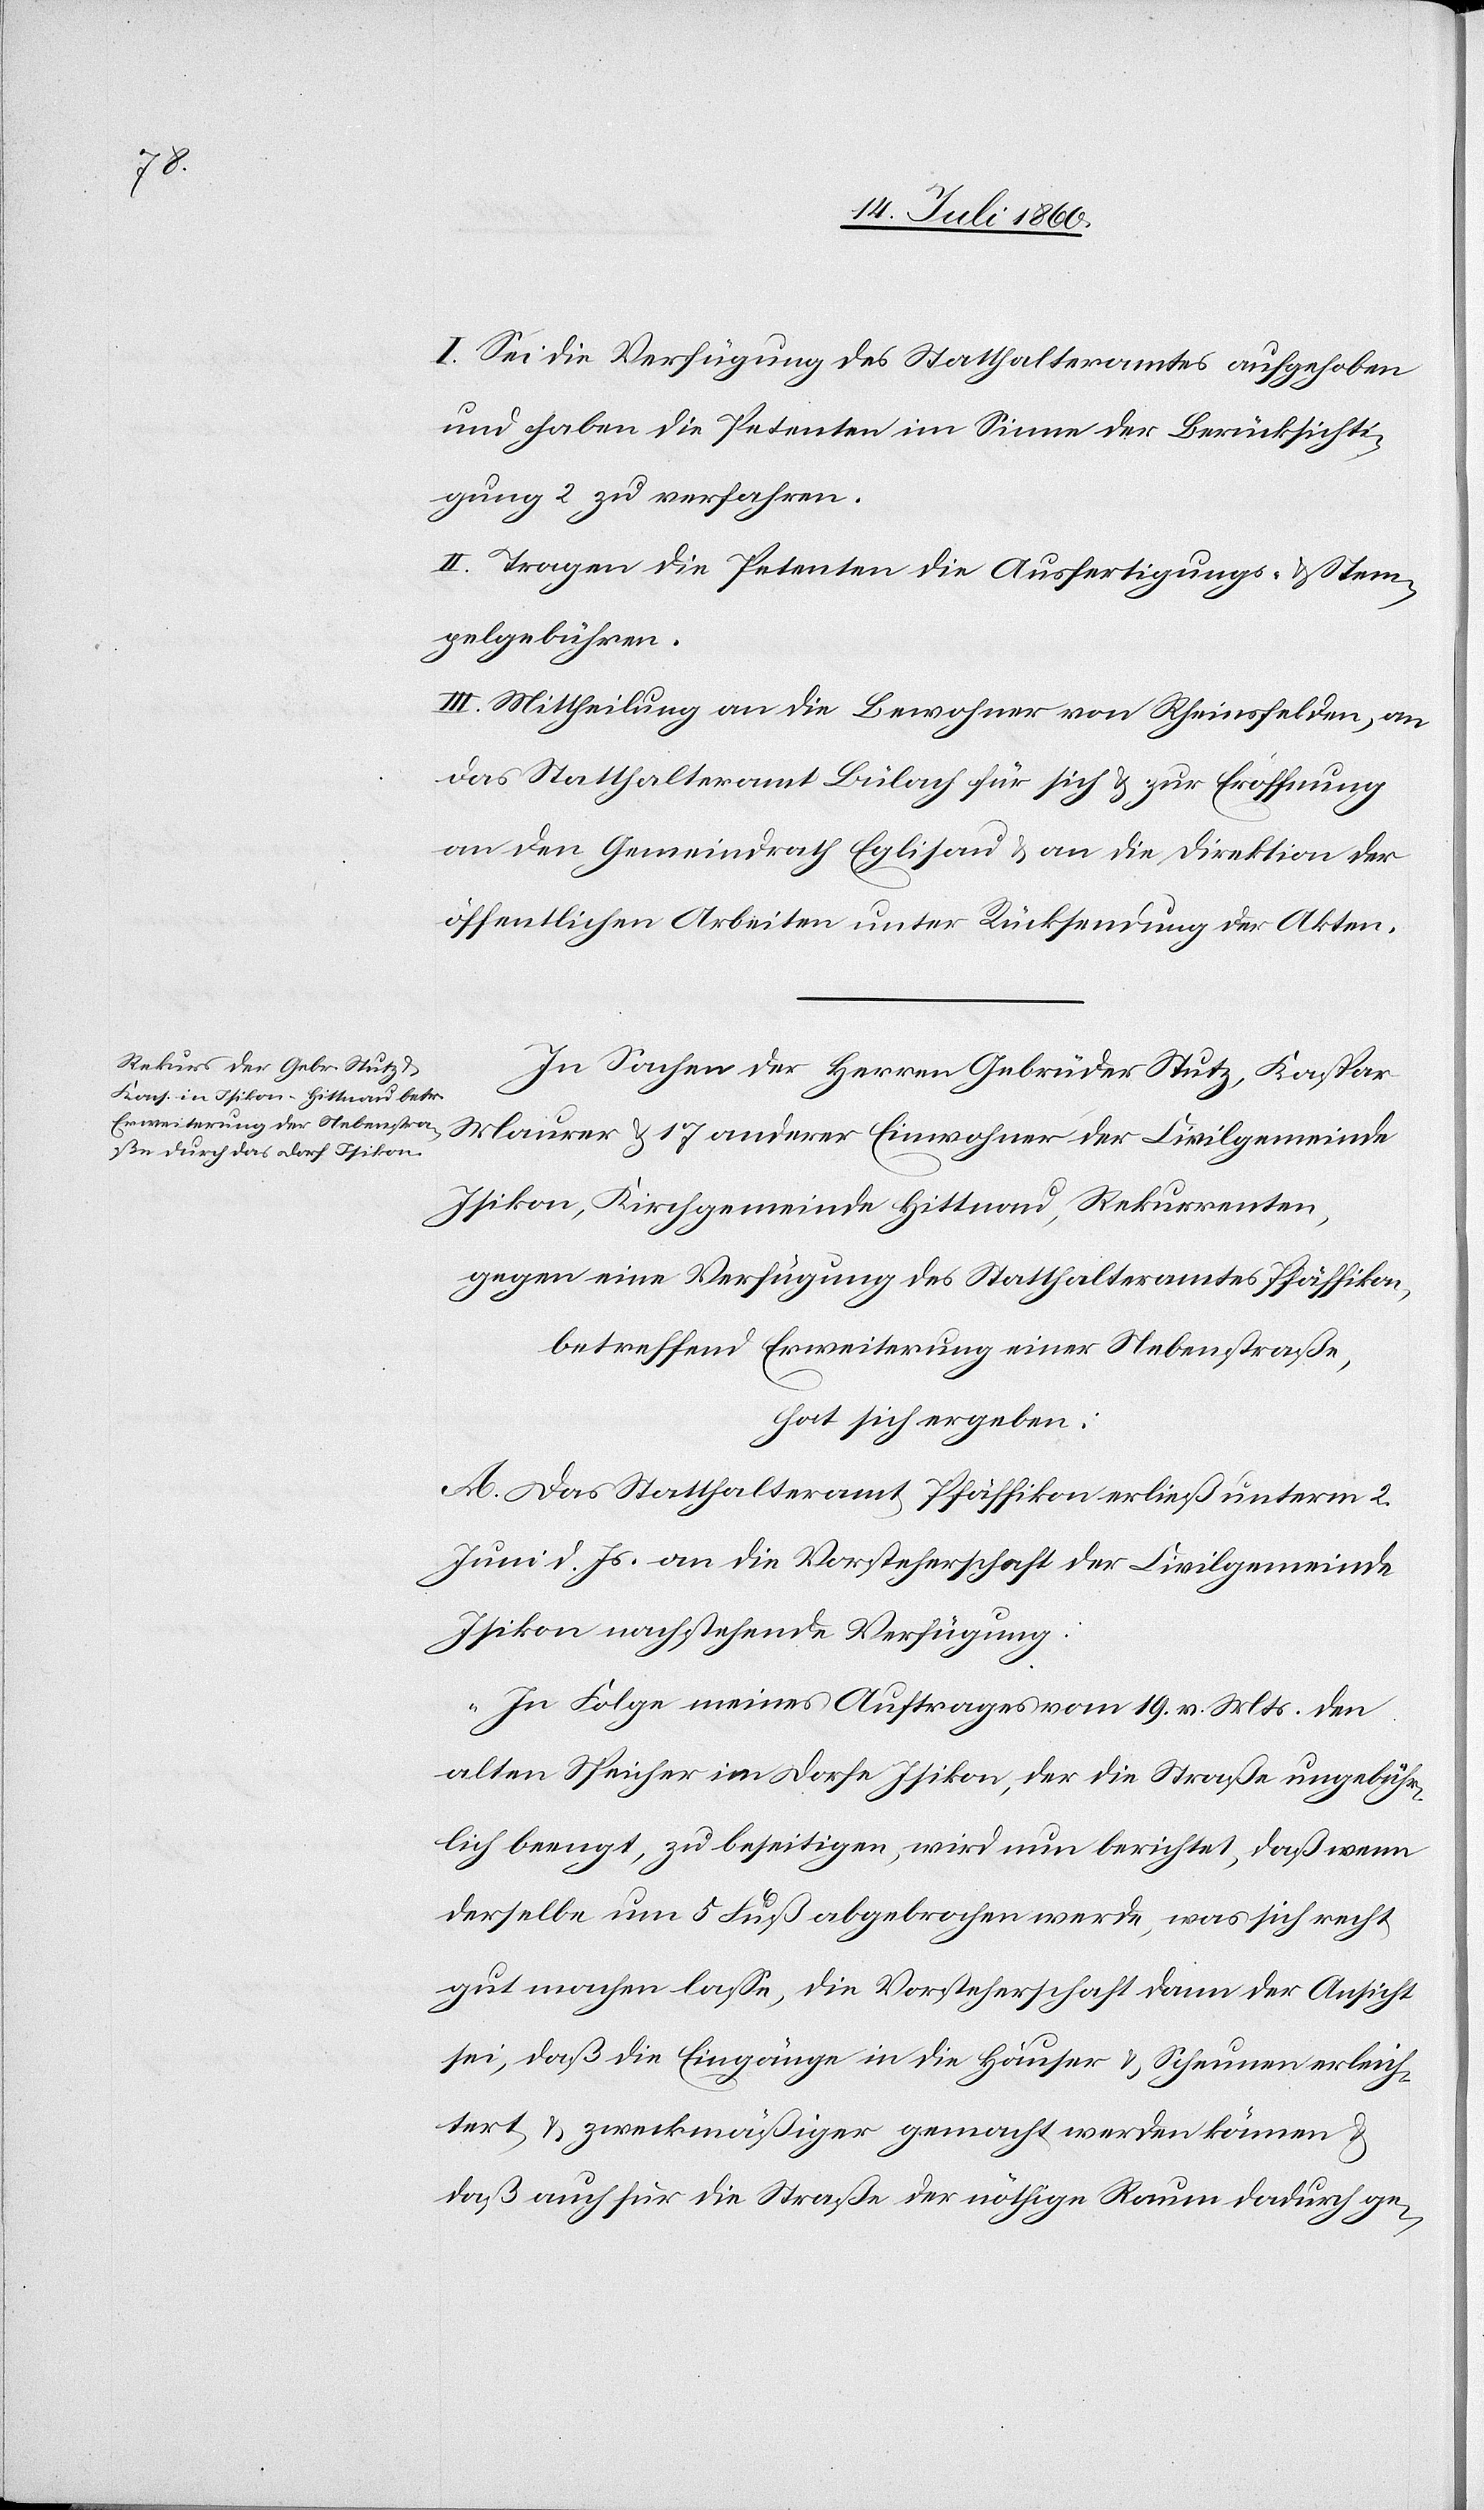
I. Sei die Verfügung des Statthalteramtes aufgehoben
und haben die Petenten im Sinne der Berücksichti¬
gung 2 zu verfahren.
II. Tragen die Petenten die Ausfertigungs- & Stem¬
pelgebühren.
III. Mittheilung an die Bewohner von Rheinsfelden, an
das Statthalteramt Bülach für sich & zur Eröffnung
an den Gemeindrath Eglisau & an die Direktion der
öffentlichen Arbeiten unter Rücksendung der Akten.
In Sachen der Herren Gebrüder Stutz, Kaspar
Maurer & 17 anderer Einwohner der Civilgemeinde
Isikon, Kirchgemeinde Hittnau, Rekurrenten,
gegen eine Verfügung des Statthalteramtes Pfäffikon,
betreffend Erweiterung einer Nebenstraße,
hat sich ergeben:
A. Das Statthalteramt Pfäffikon erließ unterm 2.
Juni d. Js. an die Vorsteherschaft der Civilgemeinde
Isikon nachstehende Verfügung:
„In Folge meines Auftrages vom 19. v. Mts. den
alten Speicher im Dorfe Isikon, der die Straße ungebühr¬
lich beengt, zu beseitigen, wird nun berichtet, daß wenn
derselbe um 5 Fuß abgebrochen werde, was sich recht
gut machen lasse, die Vorsteherschaft dann der Ansicht
sei, daß die Eingänge in die Häuser & Scheunen erleich¬
tert & zweckmäßiger gemacht werden können
daß auch für die Straße der nöthige Raum dadurch ge-